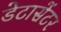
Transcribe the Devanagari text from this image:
डेटासेंटर